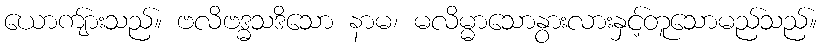
ယောကျ်ားသည်။ ဗလိဗဒ္ဓသဒိသော နာမ၊ မလိမ္မာသောနွားလားနှင့်တူသောမည်သည်။